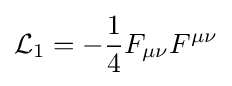
{\mathcal {L}}_{1}=-{\frac {1}{4}}F_{\mu \nu }F^{\mu \nu }